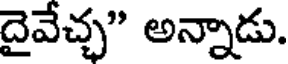
దైవేచ్చ" అన్నాడు.